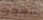
الشجره